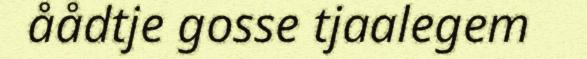
åådtje gosse tjaalegem